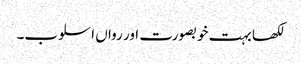
لکھا بہت خوبصورت اور رواں اسلوب۔